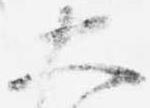
大